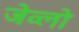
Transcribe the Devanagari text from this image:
जेव्लो